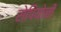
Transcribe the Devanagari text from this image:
सेपियोनी